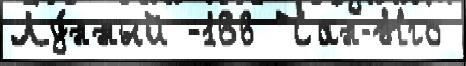
Лу́нный -166 Чан-Нго